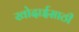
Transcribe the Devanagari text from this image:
खोदाईसाठी